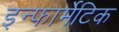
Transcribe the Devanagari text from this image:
इन्फार्मेटिक